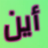
أين